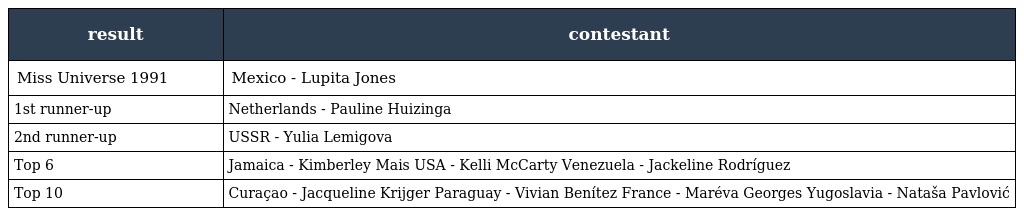
| result | contestant |
 | --- | --- |
 | Miss Universe 1991 | Mexico - Lupita Jones |
 | 1st runner-up | Netherlands - Pauline Huizinga |
 | 2nd runner-up | USSR - Yulia Lemigova |
 | Top 6 | Jamaica - Kimberley Mais USA - Kelli McCarty Venezuela - Jackeline Rodríguez |
 | Top 10 | Curaçao - Jacqueline Krijger Paraguay - Vivian Benítez France - Maréva Georges Yugoslavia - Nataša Pavlović |